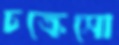
চক্রেসো